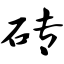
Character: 砖